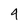
Character: 4